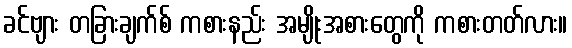
ခင်ဗျား တခြားချက်စ် ကစားနည်း အမျိုးအစားတွေကို ကစားတတ်လား။